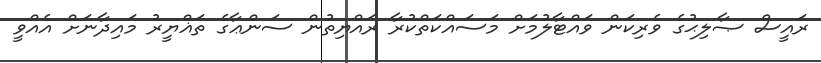
ރައީސް ޞާލިޙުގެ ވެރިކަން ވައްޓާލުމަށް މަސައްކަތްކުރާ ރައްޔިތުން ސަންޢާގެ ތަޣްޔީރު މައިދާނަށް އެއްވީ